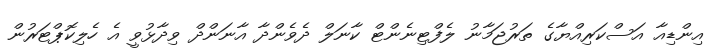
އިންޑިއާ އަސްކަރިއްޔާގެ ތަރުޖަމާނު ލެފްޓިނެންޓް ކާނަލް ދެވެންދާ އާނަންދް ވިދާޅުވީ އެ ހެލިކޮޕްޓަރުން